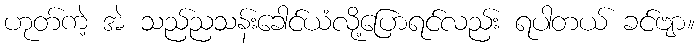
ဟုတ်ကဲ့ အဲ သည်ညသန်းခေါင်ယံလို့ပြောရင်လည်း ရပါတယ် ခင်ဗျာ။